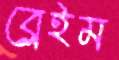
ব্লেইম